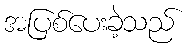
အပြစ်ပေးခဲ့သည်